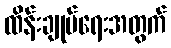
ထိန်းချုပ်ရေးအတွက်